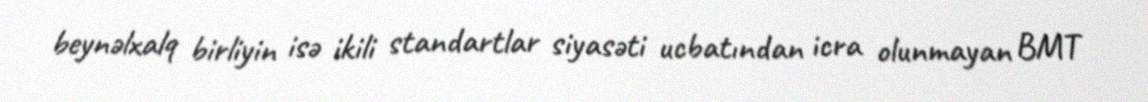
beynəlxalq birliyin isə ikili standartlar siyasəti ucbatından icra olunmayan BMT